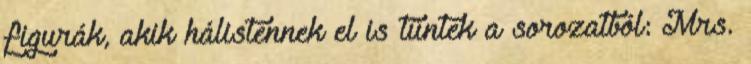
figurák, akik hálistennek el is tűntek a sorozatból: Mrs.